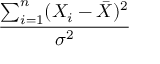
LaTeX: \frac { \sum _ { i = 1 } ^ { n } ( X _ { i } - { \bar { X } } ) ^ { 2 } } { \sigma ^ { 2 } }